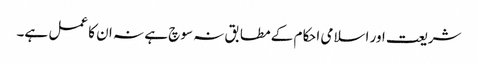
شریعت اور اسلامی احکام کے مطابق نہ سوچ ہے نہ ان کا عمل ہے۔